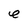
Character: e